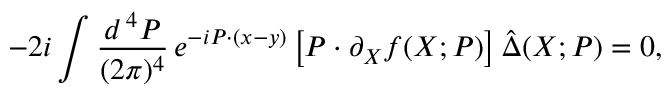
- 2 i \int \frac { d ^ { \, 4 } P } { ( 2 \pi ) ^ { 4 } } \, e ^ { - i P \cdot ( x - y ) } \left[ P \cdot \partial _ { X } f ( X ; P ) \right] \hat { \Delta } ( X ; P ) = 0 ,